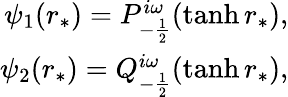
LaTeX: \begin{array}{r}{\psi_{1}(r_{*})=P_{-\frac{1}{2}}^{i\omega}(\operatorname{tanh}r_{*}),}\\ {\psi_{2}(r_{*})=Q_{-\frac{1}{2}}^{i\omega}(\operatorname{tanh}r_{*}),}\end{array}